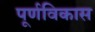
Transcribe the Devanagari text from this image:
पूर्णविकास